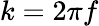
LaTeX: k=2\pi f